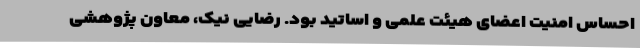
احساس امنیت اعضای هیئت علمی و اساتید بود. رضایی نیک، معاون پژوهشی